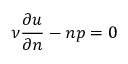
\nu \frac { \partial \boldsymbol { u } } { \partial \boldsymbol { n } } - \boldsymbol { n } p = \boldsymbol { 0 }